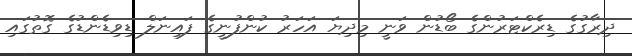
ދިރާގުގެ ޑިރެކްޓަރުންގެ ބޯޑުން ވަނީ މިދިޔަ އަހަރު ކުންފުނީގެ ފައިނަލް ޑިވިޑެންޑުގެ ގޮތުގައި